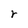
Character: r